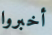
أخبروا